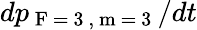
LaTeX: dp_{\mathrm{~F~=~3~,~m~=~3~}}/dt